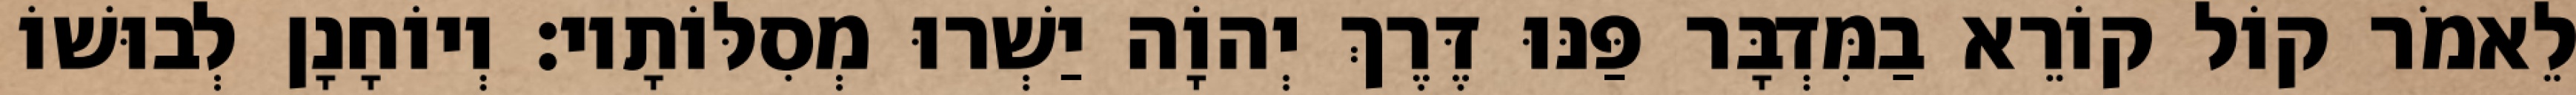
לֵאמֹר קוֹל קוֹרֵא בַמִּדְבָּר פַּנּוּ דֶּרֶךְ יְהוָֹה יַשְׁרוּ מְסִלּוֹתָיו׃ וְיוֹחָנָן לְבוּשׁוֹ